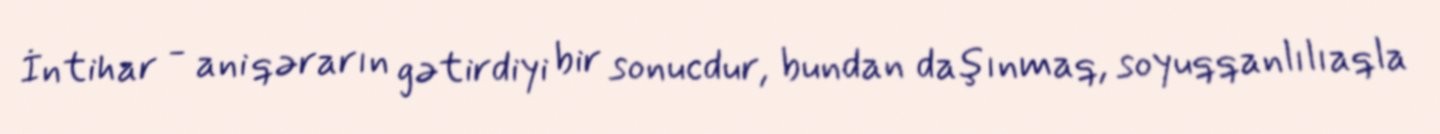
İntihar - ani qərarın gətirdiyi bir sonucdur, bundan daşınmaq, soyuqqanlılıaqla